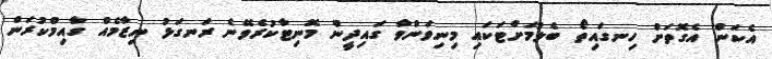
އެކަން އެގޮތަށް ހިނގައިތޯ ބެލުމަށްޓަކައި މިނިވަންވާ ގައިދީން މޮނިޓާކުރެވޭނެ ރަނގަޅު ނިޒާމެއް ގާއިމްކުރަން